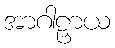
အာဂါဠှာယ